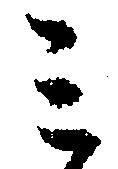
ミ